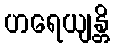
ဟရေယျန္တိ